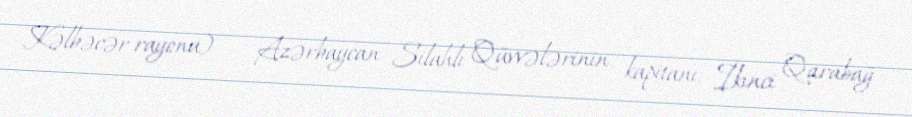
Kəlbəcər rayonu) — Azərbaycan Silahlı Qüvvələrinin kapitanı, İkinci Qarabağ